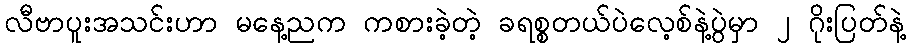
လီဗာပူးအသင်းဟာ မနေ့ညက ကစားခဲ့တဲ့ ခရစ္စတယ်ပဲလေ့စ်နဲ့ပွဲမှာ ၂ ဂိုးပြတ်နဲ့